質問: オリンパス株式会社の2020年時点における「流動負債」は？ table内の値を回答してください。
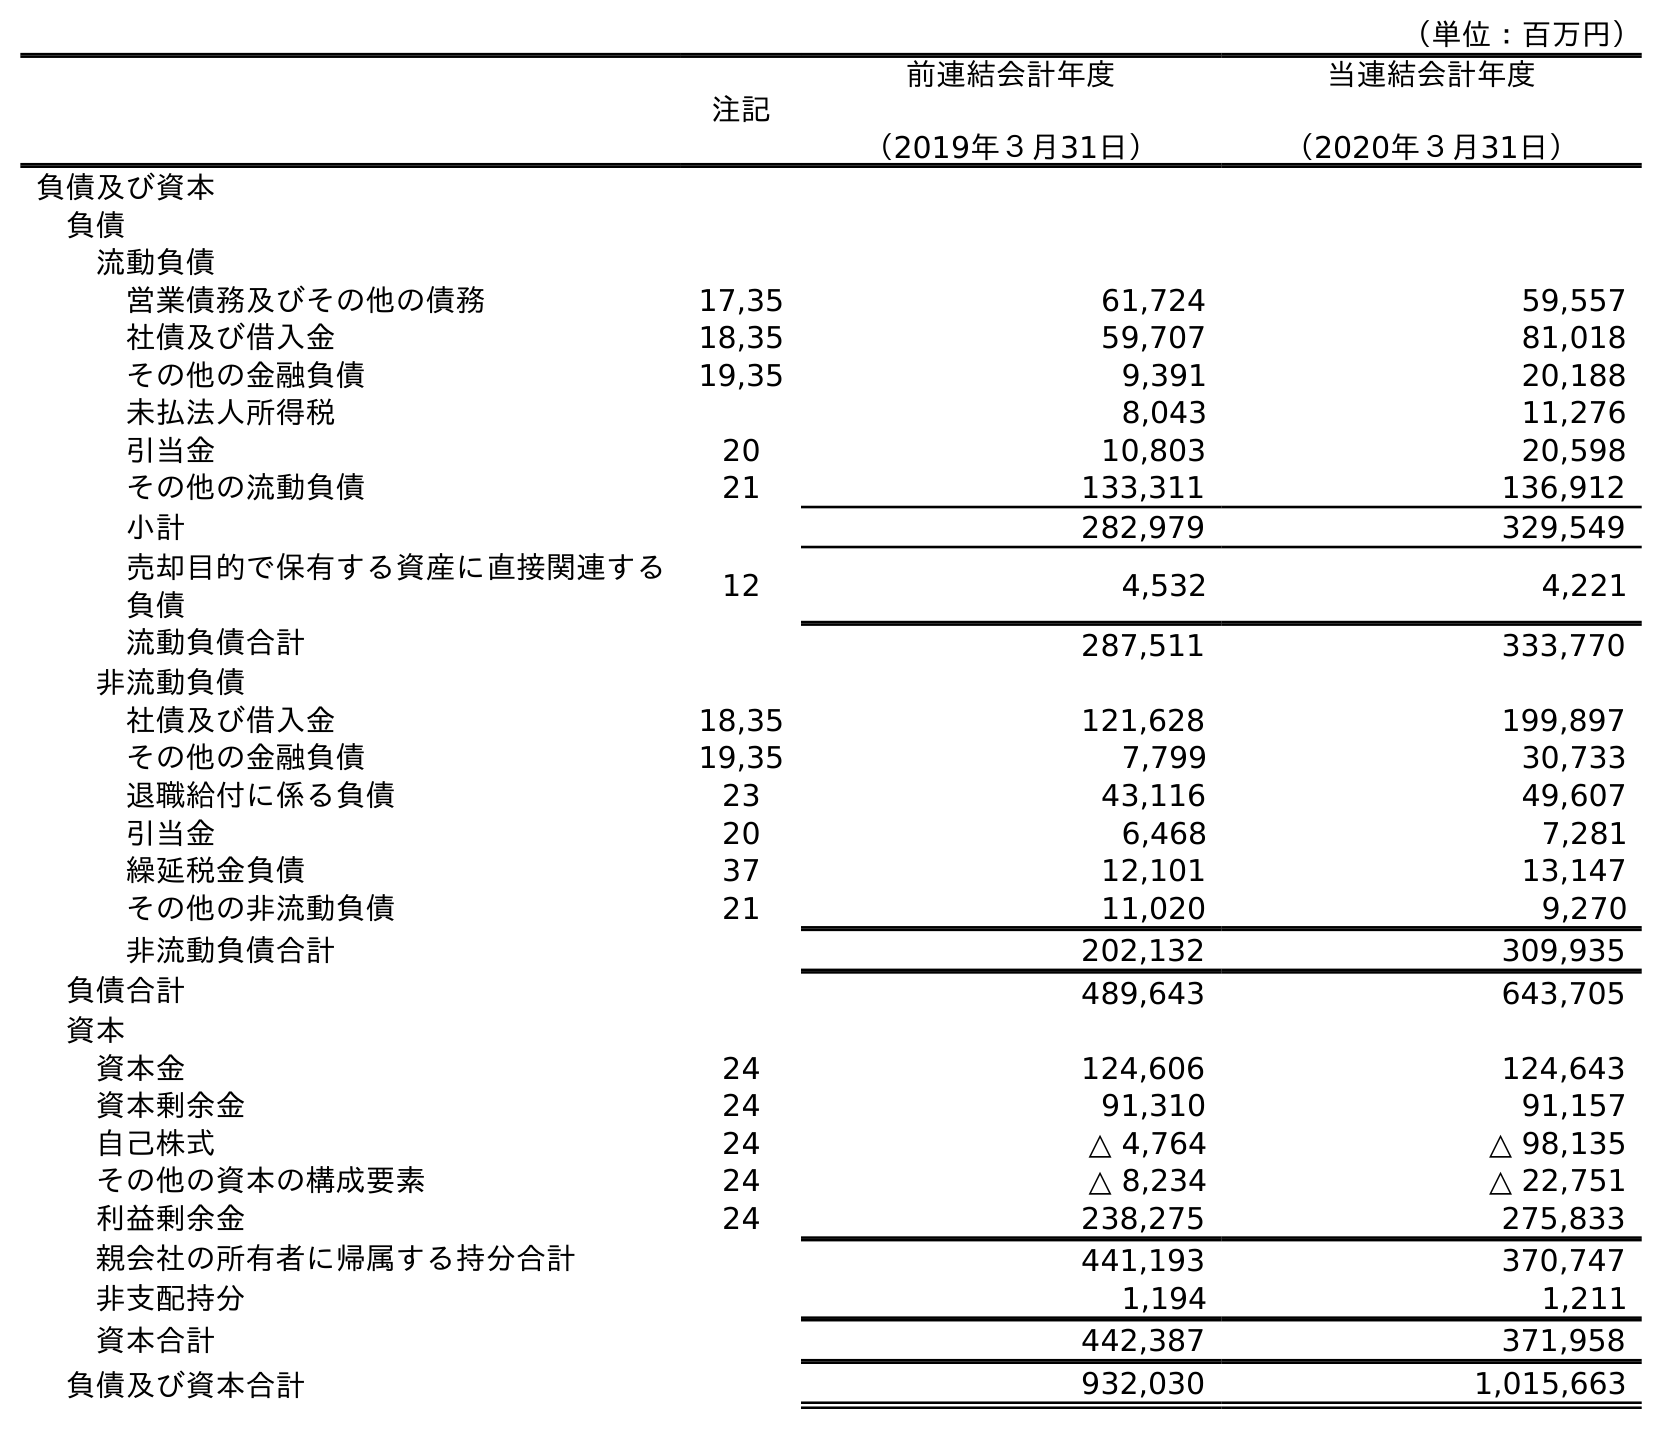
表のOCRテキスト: （単位：百万円） 注記 前連結会計年度 （2019年３月31日） 当連結会計年度 （2020年３月31日） 負債及び資本 負債 流動負債 営業債務及びその他の債務 17,35 61,724 59,557 社債及び借入金 18,35 59,707 81,018 その他の金融負債 19,35 9,391 20,188 未払法人所得税 8,043 11,276 引当金 20 10,803 20,598 その他の流動負債 21 133,311 136,912 小計 282,979 329,549 売却目的で保有する資産に直接関連する 負債 12 4,532 4,221 流動負債合計 287,511 333,770 非流動負債 社債及び借入金 18,35 121,628 199,897 その他の金融負債 19,35 7,799 30,733 退職給付に係る負債 23 43,116 49,607 引当金 20 6,468 7,281 繰延税金負債 37 12,101 13,147 その他の非流動負債 21 11,020 9,270 非流動負債合計 202,132 309,935 負債合計 489,643 643,705 資本 資本金 24 124,606 124,643 資本剰余金 24 91,310 91,157 自己株式 24 △ 4,764 △ 98,135 その他の資本の構成要素 24 △ 8,234 △ 22,751 利益剰余金 24 238,275 275,833 親会社の所有者に帰属する持分合計 441,193 370,747 非支配持分 1,194 1,211 資本合計 442,387 371,958 負債及び資本合計 932,030 1,015,663
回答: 333,770